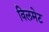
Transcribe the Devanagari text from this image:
विलमेट